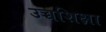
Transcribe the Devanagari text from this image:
उच्चशिक्षा